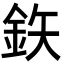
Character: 鉃